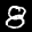
Label: 8